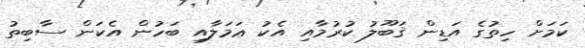
ކަމަށް ހިތުގެ އަޑިން ޤަބޫލު ކުރުމާއި އެކު ޢަމަލާއި ބަހުން އެކަން ސާބިތު